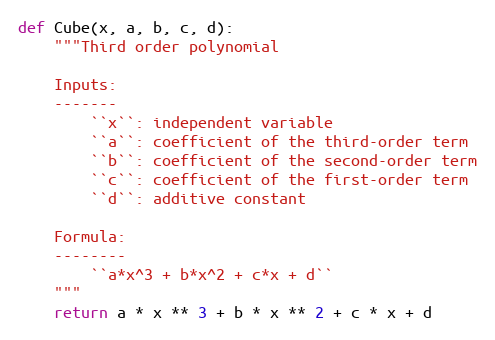
Language: Python
def Cube(x, a, b, c, d):
    """Third order polynomial

    Inputs:
    -------
        ``x``: independent variable
        ``a``: coefficient of the third-order term
        ``b``: coefficient of the second-order term
        ``c``: coefficient of the first-order term
        ``d``: additive constant

    Formula:
    --------
        ``a*x^3 + b*x^2 + c*x + d``
    """
    return a * x ** 3 + b * x ** 2 + c * x + d